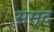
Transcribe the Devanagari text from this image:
समृद